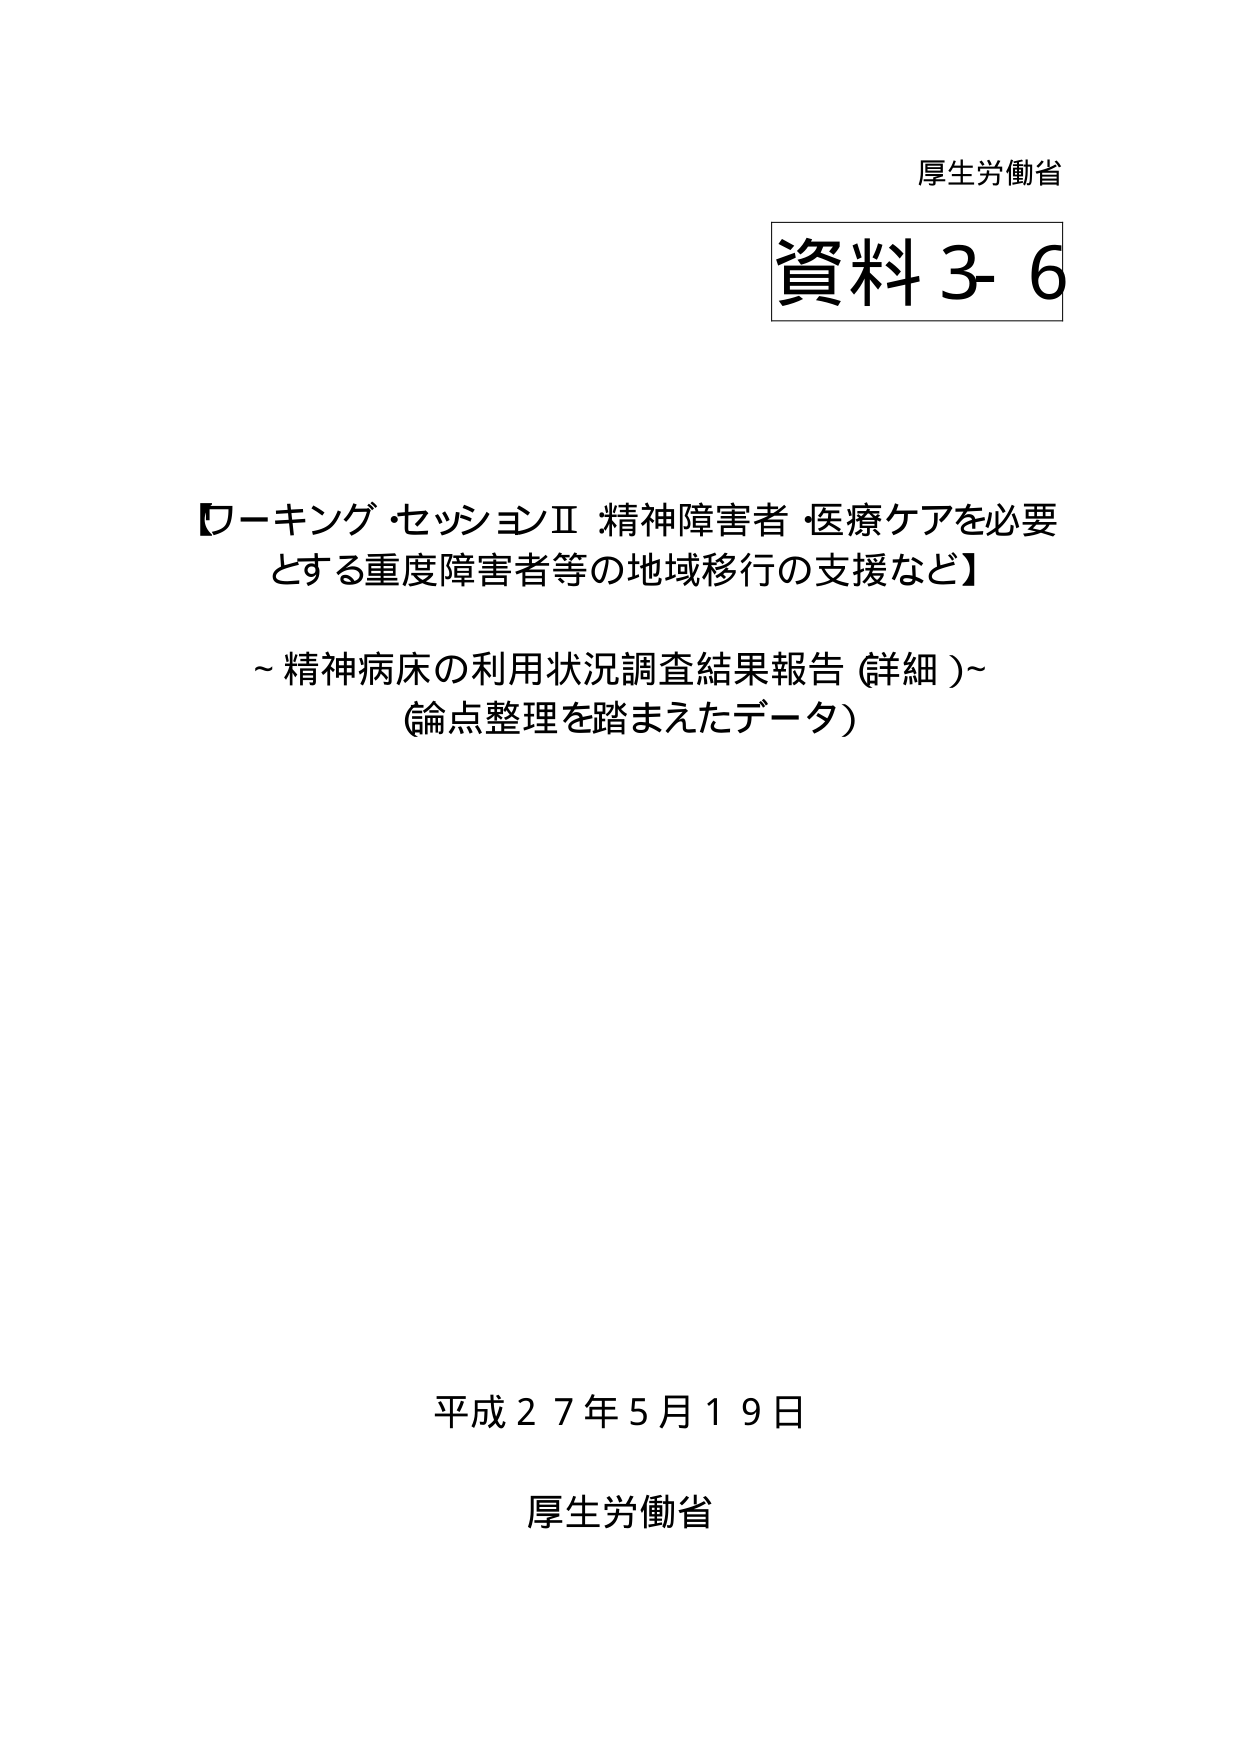
厚生労働省
資料3-6

【ワーキング・セッションⅡ 精神障害者・医療ケアを必要とする重度障害者等の地域移行の支援など】
～精神病床の利用状況調査結果報告（詳細）～
（論点整理を踏まえたデータ）

平成27年5月19日
厚生労働省